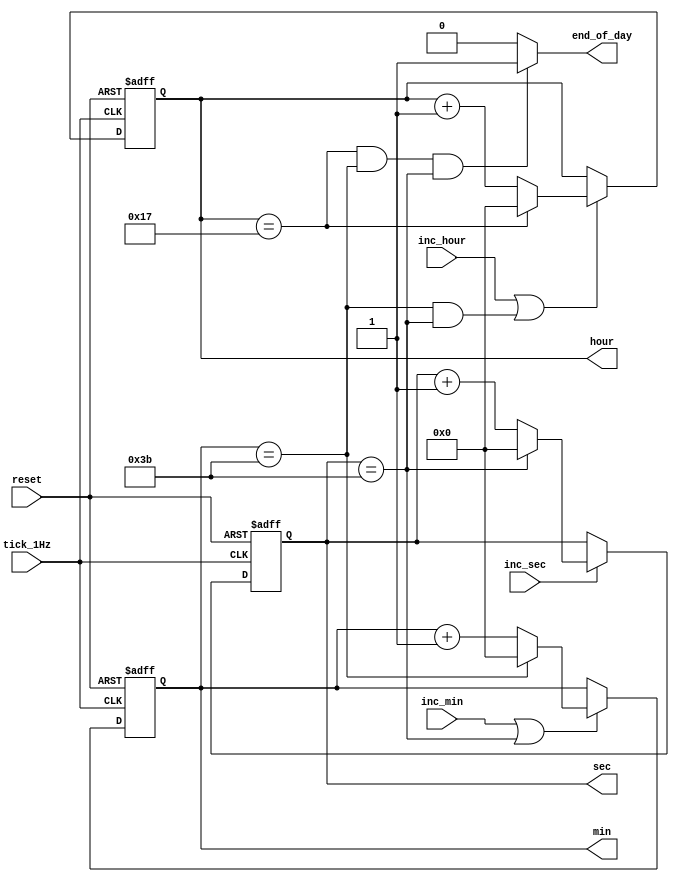
module clock (
    // System signals
    // input            clk_100MHz,  // 100 MHz frequency clock
    input        reset,       // reset
    // clock module signals
    input        tick_1Hz,    // 1 Hz frequency signal
    input        inc_sec,     // sec++
    input        inc_hour,    // hour++
    input        inc_min,     // min++
    output       end_of_day,  // End of the day signal
    output [7:0] sec,         // sec
    output [7:0] min,         // min
    output [7:0] hour         // hour
);

  // Default time is 00:00:00
  parameter DEFAULT_SEC_VALUE = 0;
  parameter DEFAULT_MIN_VALUE = 0;
  parameter DEFAULT_HOUR_VALUE = 0;

  reg [7:0] r_sec = DEFAULT_SEC_VALUE;
  reg [7:0] r_min = DEFAULT_MIN_VALUE;
  reg [7:0] r_hour = DEFAULT_HOUR_VALUE;

  assign sec  = r_sec;
  assign min  = r_min;
  assign hour = r_hour;

  // sec control
  // inc sec if tick or inc sec button pressed
  always @(posedge tick_1Hz or posedge reset) begin
    if (reset) r_sec <= DEFAULT_SEC_VALUE;
    else if (inc_sec) r_sec <= (r_sec == 59) ? 0 : r_sec + 1;
  end

  // min control
  always @(posedge tick_1Hz or posedge reset) begin
    if (reset) r_min <= DEFAULT_MIN_VALUE;
    // sec = 59 or inc min button pressed
    else if (inc_min | r_sec == 59) begin
      r_min <= (r_min == 59) ? 0 : r_min + 1;
    end
  end

  // hour control
  always @(posedge tick_1Hz or posedge reset) begin
    if (reset) r_hour <= DEFAULT_HOUR_VALUE;
    // min:sec = 59:59 or inc hour button pressed
    else if (inc_hour | ((r_min == 59) && (r_sec == 59))) begin
      r_hour <= (r_hour == 23) ? 0 : r_hour + 1;
    end
  end

  assign end_of_day = ((hour == 23) && (min == 59) && (sec == 59)) ? 1 : 0;

endmodule  //clock